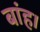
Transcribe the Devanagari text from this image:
बांह।